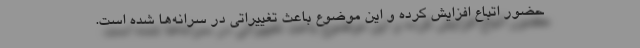
حضور اتباع افزایش کرده و این موضوع باعث تغییراتی در سرانه‌ها شده است.